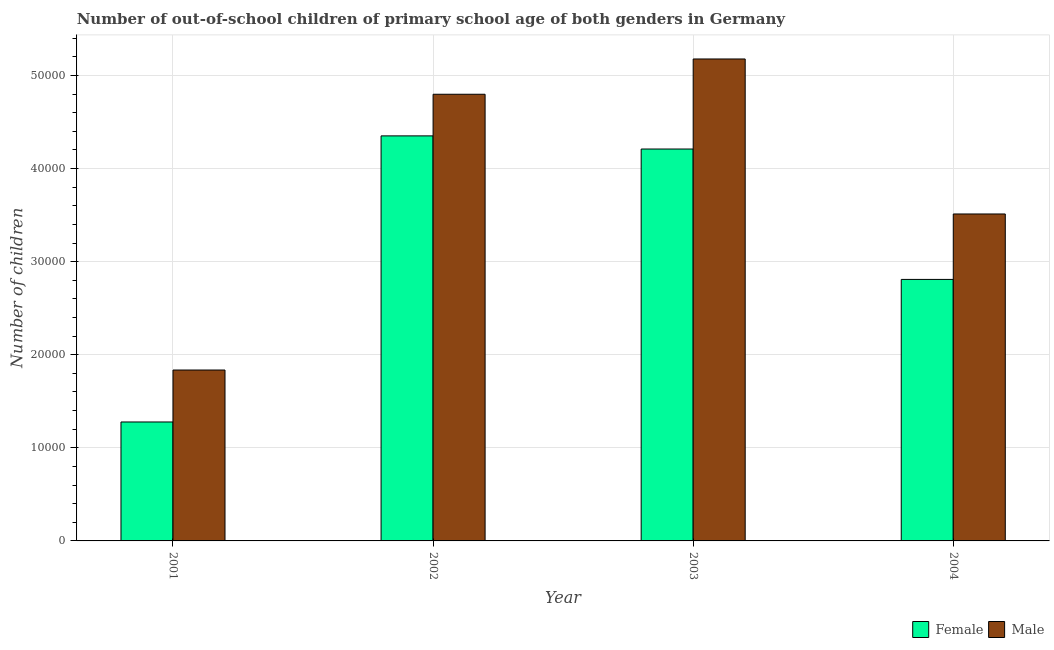
| Year | Female | Male |
 | --- | --- | --- |
 | 2001 | 1.28e+04 | 1.84e+04 |
 | 2002 | 4.35e+04 | 4.8e+04 |
 | 2003 | 4.21e+04 | 5.18e+04 |
 | 2004 | 2.81e+04 | 3.51e+04 |